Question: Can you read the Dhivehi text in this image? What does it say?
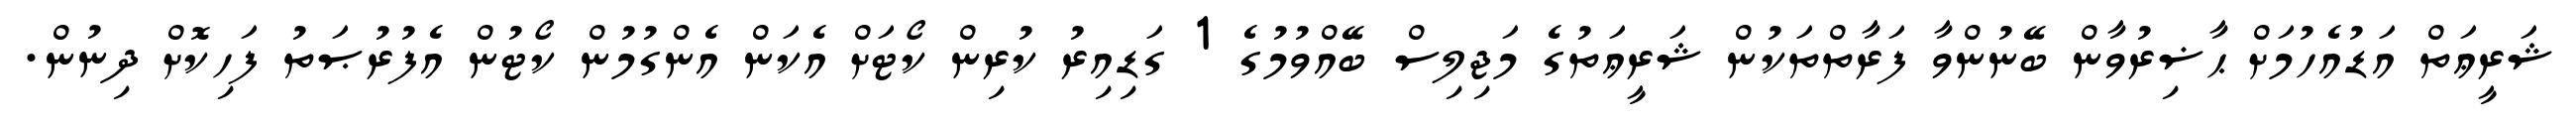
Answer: ޝަރީޢަތް އަޑުއެހުމަށް ޙާޟިރުވާން ބޭނުންވާ ފަރާތްތަކުން ޝަރީޢަތުގެ މަޖިލިސް ބޭއްވުމުގެ 1 ގަޑިއިރު ކުރިން ކޯޓަށް އެކަން އެންގުމުން ކޯޓުން އެފުރުޞަތު ފަހިކޮށް ދިނުން.